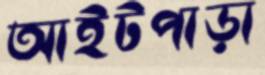
আইটপাড়া